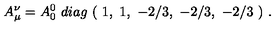
A _ { \mu } ^ { \nu } = A _ { 0 } ^ { 0 } \ d i a g \ ( \ 1 , \ 1 , \ - 2 / 3 , \ - 2 / 3 , \ - 2 / 3 \ ) \ .